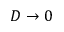
D \to 0